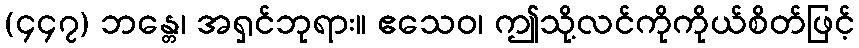
(၄၄၇) ဘန္တေ၊ အရှင်ဘုရား။ ဧသေဝ၊ ဤသို့လင်ကိုကိုယ်စိတ်ဖြင့်